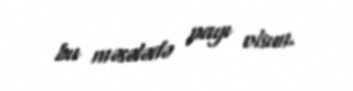
bu məsələdə payı olsun.